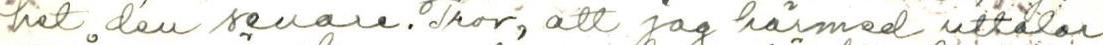
het den senare. Tror, ett jag härmed uttalar